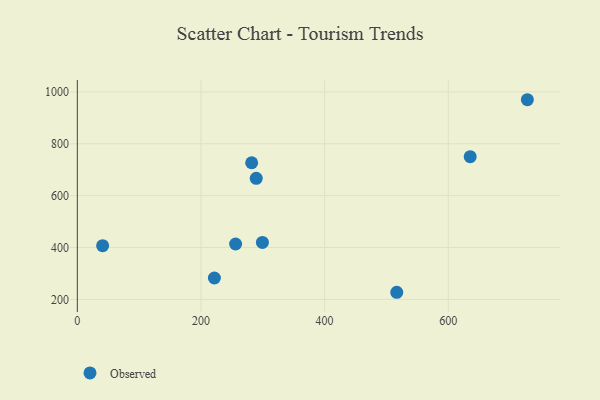
{"axis": {"x": "Experience", "y": "Demand"}, "legend": ["Observed"], "data": [{"x": "256.0", "y": 413.5, "type": "Observed"}, {"x": "282.0", "y": 726.7, "type": "Observed"}, {"x": "221.7", "y": 282.4, "type": "Observed"}, {"x": "289.4", "y": 666.6, "type": "Observed"}, {"x": "40.9", "y": 407.0, "type": "Observed"}, {"x": "516.7", "y": 227.4, "type": "Observed"}, {"x": "635.5", "y": 750.3, "type": "Observed"}, {"x": "299.4", "y": 419.5, "type": "Observed"}, {"x": "728.0", "y": 969.7, "type": "Observed"}]}